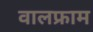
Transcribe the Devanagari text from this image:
वालफ्राम